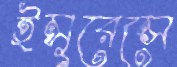
ইন্সুরেন্সে